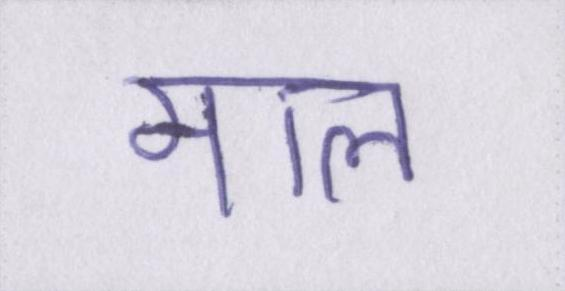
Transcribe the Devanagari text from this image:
माल